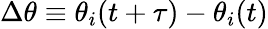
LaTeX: \Delta\theta\equiv\theta_{i}(t+\tau)-\theta_{i}(t)